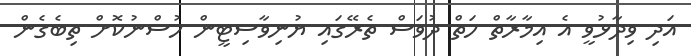
އަދި ވިދާޅުވީ އެ އިމާރާތް ހަތް ދުވަސް ތެރޭގައި ޔުނިވާސިޓީން ހުސްނުކޮށް ތިބެގެން